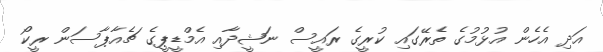
އަދި އެހެން އުޅުމުގެ ތެރޭގައި ކުރީގެ ރައީސް ނަޝީދާއި އެމްޑީޕީގެ ޗެއާޕާސަން ރީކޯ